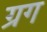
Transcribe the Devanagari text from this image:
ग्रग